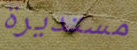
مستديرة